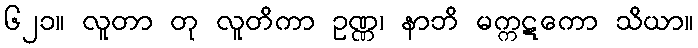
၆၂၁။ လူတာ တု လူတိကာ ဥဏ္ဏ၊ နာဘိ မက္ကဋကော သိယာ။